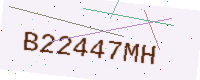
Text: B22447MH